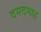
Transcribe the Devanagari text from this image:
दमदमाह